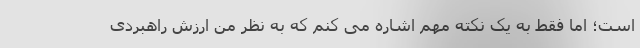
است؛ اما فقط به یک نکته مهم اشاره می کنم که به نظر من ارزش راهبردی